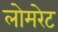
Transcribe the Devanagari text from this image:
लोमरेट